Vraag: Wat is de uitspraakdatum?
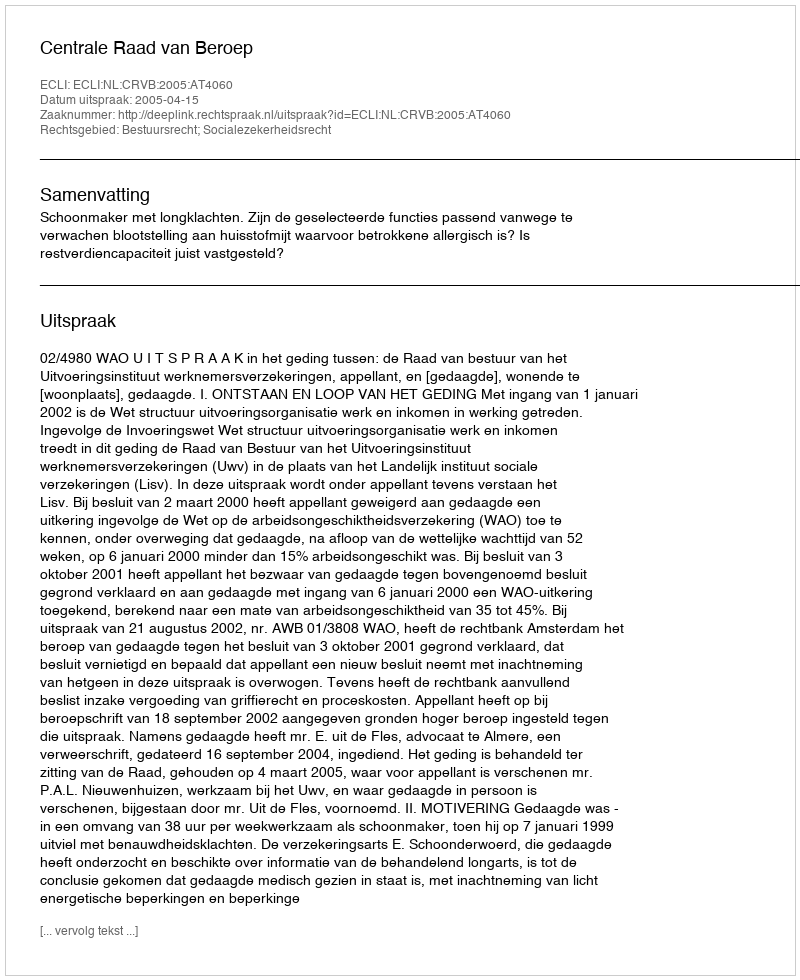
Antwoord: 2005-04-15